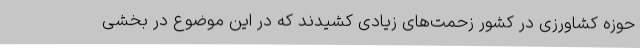
حوزه کشاورزی در کشور زحمت‌های زیادی کشیدند که در این موضوع در بخشی